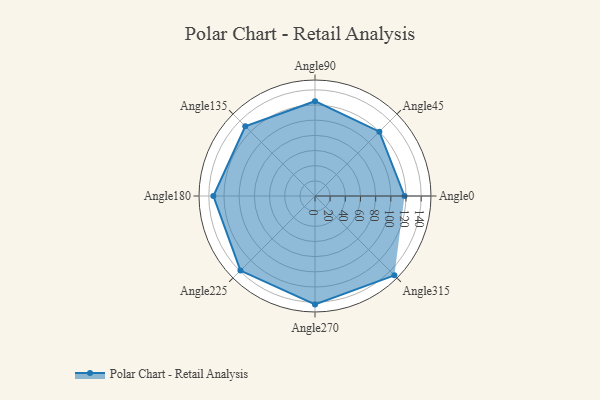
{"axis": {"x": "Angle", "y": "Radius"}, "legend": [""], "data": [{"x": "Angle0", "y": 118.0, "type": ""}, {"x": "Angle45", "y": 120.0, "type": ""}, {"x": "Angle90", "y": 125.0, "type": ""}, {"x": "Angle135", "y": 130.0, "type": ""}, {"x": "Angle180", "y": 134.0, "type": ""}, {"x": "Angle225", "y": 139.0, "type": ""}, {"x": "Angle270", "y": 143.0, "type": ""}, {"x": "Angle315", "y": 148.0, "type": ""}]}